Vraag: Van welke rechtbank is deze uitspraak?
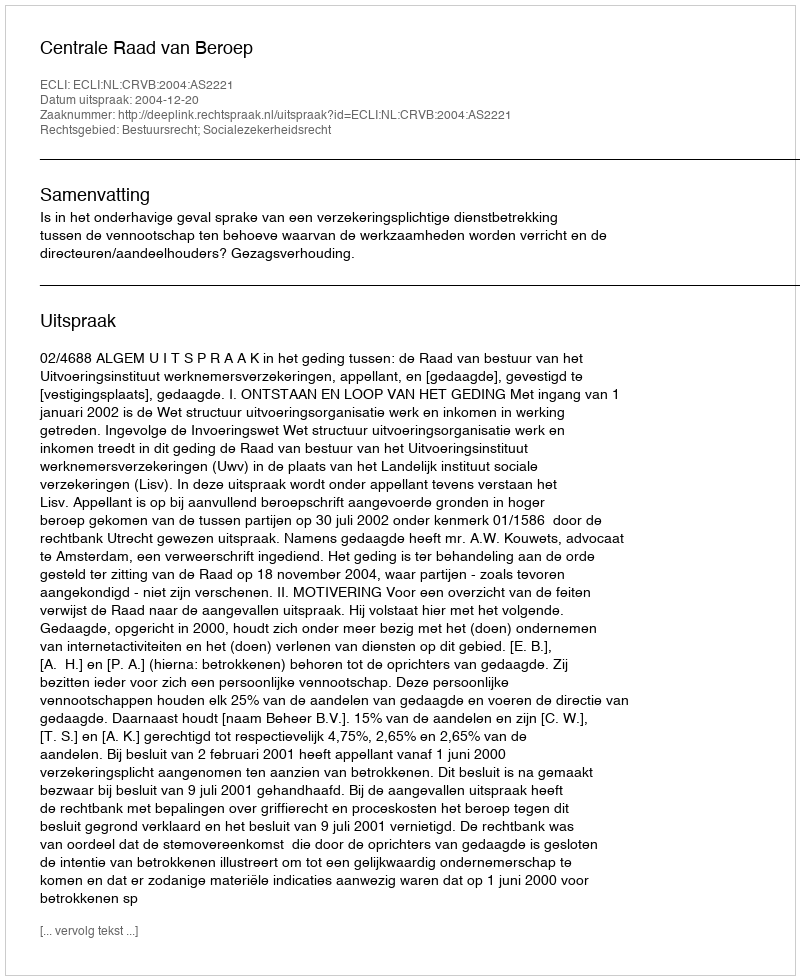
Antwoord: Centrale Raad van Beroep